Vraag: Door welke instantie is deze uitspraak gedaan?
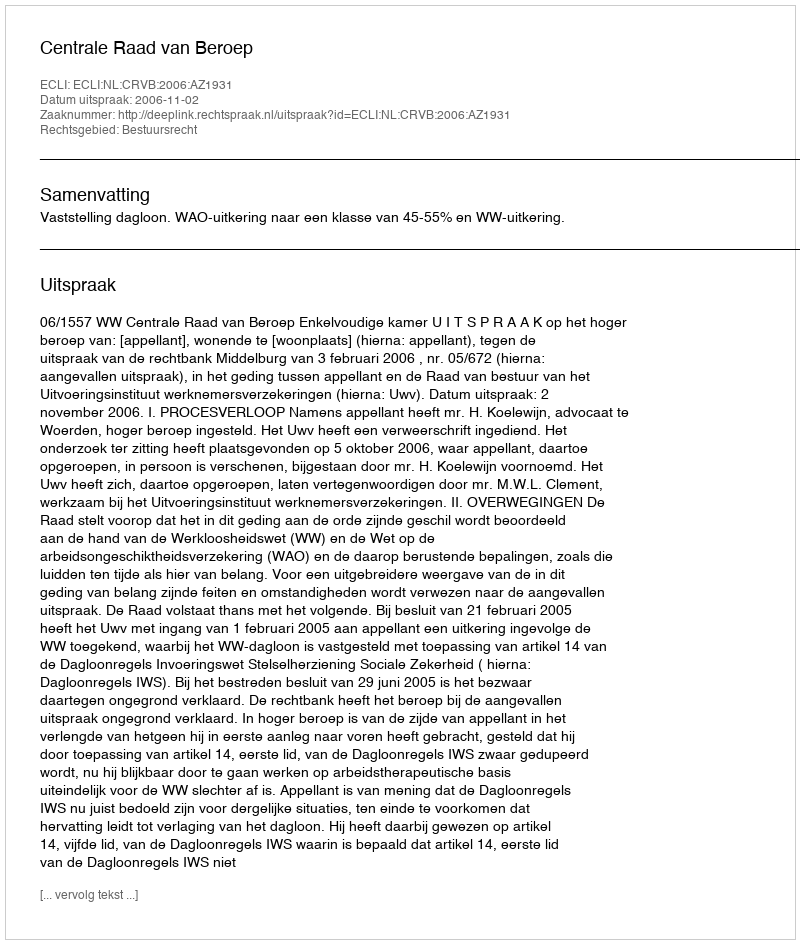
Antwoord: Centrale Raad van Beroep